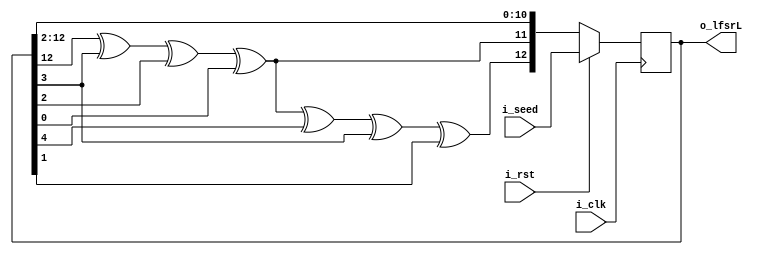
module lfsrl (
    input i_clk,
    input i_rst,
    input [12:0] i_seed,
    output [12:0] o_lfsrL
);
    wire msb_lfsrL_sig;
    wire [12:0] temp1; 
    reg [12:0]temp2; 
    wire [12:0] temp ;
    wire msb_lfsrL;

    always @(posedge i_clk ) begin
        if (i_rst) begin
            temp2 <= i_seed;
        end else begin
            temp2 <= temp;
        end
//        o_lfsrL <= temp;
//        msb_lfsrL_sig <= temp[12] ^ temp[3] ^ temp[2] ^ temp[0];
    end
    assign temp = {msb_lfsrL, temp1[12:1]};
    assign temp1 = {msb_lfsrL_sig, temp2[12:1]};
    assign o_lfsrL = temp2;
    assign msb_lfsrL_sig = temp2[12] ^ temp2[3] ^ temp2[2] ^ temp2[0];
    assign msb_lfsrL = temp1[12] ^ temp1[3] ^ temp1[2] ^ temp1[0];
endmodule